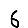
Digit: 6